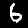
Label: 6